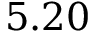
5 . 2 0